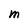
Character: M